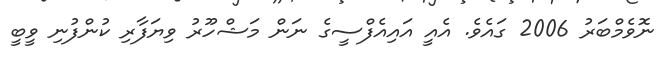
ނޮވެމްބަރު 2006 ގައެވެ. އެއީ އައިއެފްސީގެ ނަން މަޝްހޫރު ވިޔަފާރި ކުންފުނި ވީބީ